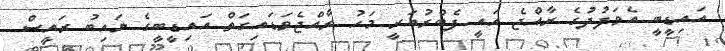
އައިޑީބީ އެވަފުދުގެ ރާއްޖެ އައީ ފެބްރުއަރީ މަހު ރާއްޖެވަޑައިގަތް އައިޑީބީގެ ނައިބު ރައީސް